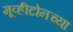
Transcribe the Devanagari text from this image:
मूव्हीटोनच्या